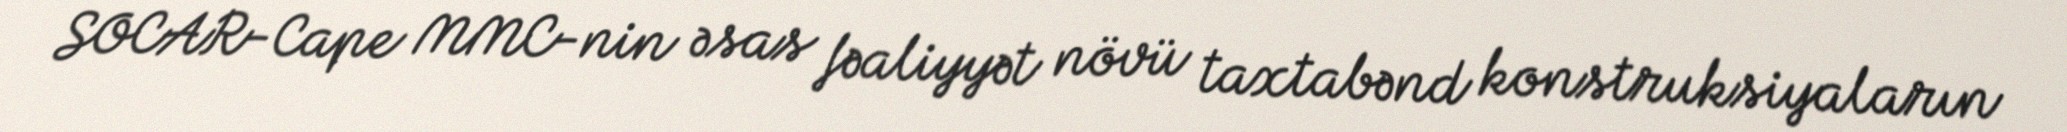
SOCAR-Cape MMC-nin əsas fəaliyyət növü taxtabənd konstruksiyaların